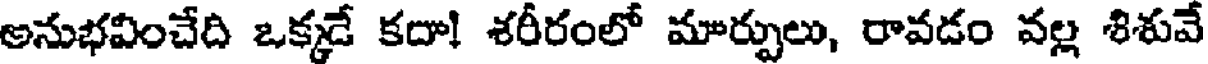
అనుభవించేది ఒక్కడే కదా! శరీరంలో మార్పులు, రావడం వల్ల శిశువే